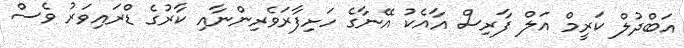
އަބްދުލް ކަރީމް އަލް ފާރިސް އާއެކު އޭނާގެ ހަށިފާރަވެރިންނާއި ކާރުގެ ޑްރައިވަރު ވެސް